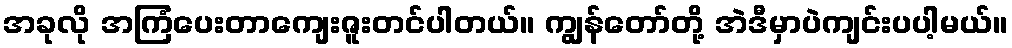
အခုလို အကြံပေးတာကျေးဇူးတင်ပါတယ်။ ကျွန်တော်တို့ အဲဒီမှာပဲကျင်းပပါ့မယ်။